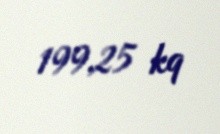
199,25 kq